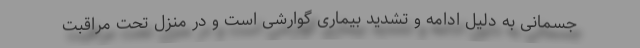
جسمانی به دلیل ادامه و تشدید بیماری گوارشی است و در منزل تحت مراقبت